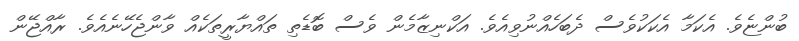
ބުންޏެވެ. އެކަމާ އެކަކުވެސް ދެބަހެއްނުވިއެވެ. އަކްނިޒާމެން ވެސް ބޮޑެތި ތައްޔާރީތަކެއް ވާންޖެހޭނެއެވެ. ރާއްޖޭން